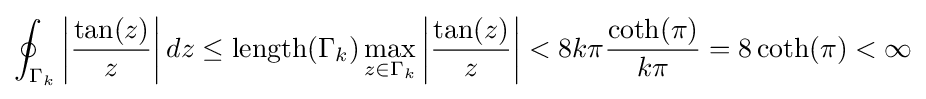
\oint _{\Gamma _{k}}\left|{\frac {\tan(z)}{z}}\right|dz\leq \operatorname {length} (\Gamma _{k})\max _{z\in \Gamma _{k}}\left|{\frac {\tan(z)}{z}}\right|<8k\pi {\frac {\coth(\pi )}{k\pi }}=8\coth(\pi )<\infty